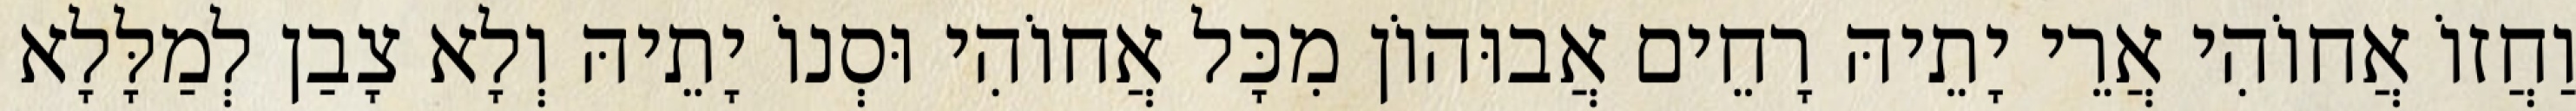
וַחֲזוֹ אֲחוֹהִי אֲרֵי יָתֵיהּ רָחֵים אֲבוּהוֹן מִכָּל אֲחוֹהִי וּסְנוֹ יָתֵיהּ וְלָא צָבַן לְמַלָּלָא